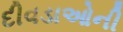
દીવડાઓની